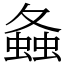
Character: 𧍸